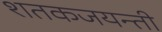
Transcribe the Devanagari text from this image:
शतकजयन्ती